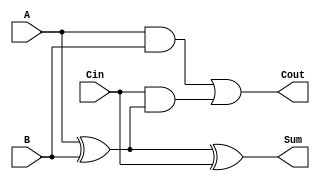
module LowPowerFullAdder (
    input wire A,       // First input bit
    input wire B,       // Second input bit
    input wire Cin,     // Carry-in bit
    output wire Sum,    // Sum output
    output wire Cout    // Carry-out output
);

// Internal signals
wire AxorB;

// Calculate Sum = A  B  Cin
assign AxorB = A ^ B;  // Intermediate XOR
assign Sum = AxorB ^ Cin; // Sum calculation

// Calculate Cout = (A AND B) OR (Cin AND (A  B))
assign Cout = (A & B) | (Cin & AxorB);

endmodule